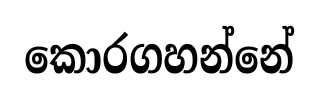
කොරගහන්නේ